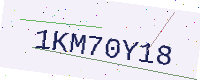
Text: 1KM70Y18